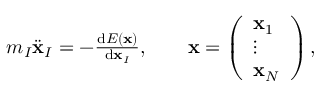
\begin{array} { r } { m _ { I } \ddot { \mathbf { x } } _ { I } = - \frac { \mathrm { d } E ( \mathbf { x } ) } { \mathrm { d } \mathbf { x } _ { I } } , \qquad \mathbf { x } = \left( \begin{array} { l } { \mathbf { x } _ { 1 } } \\ { \vdots } \\ { \mathbf { x } _ { N } } \end{array} \right) , } \end{array}